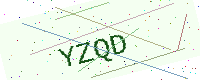
Text: YZQD